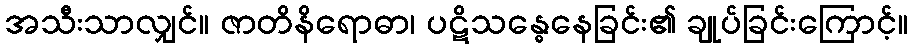
အသီးသာလျှင်။ ဇာတိနိရောဓာ၊ ပဋိသန္ဓေနေခြင်း၏ ချုပ်ခြင်းကြောင့်။